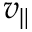
v _ { \| }